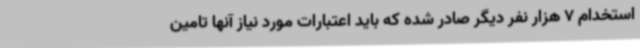
استخدام 7 هزار نفر دیگر صادر شده که باید اعتبارات مورد نیاز آنها تامین